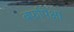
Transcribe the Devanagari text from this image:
बर्फापेक्षा